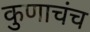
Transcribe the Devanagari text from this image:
कुणाचंच